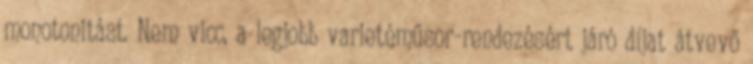
monotonitást. Nem vicc, a legjobb varietéműsor-rendezésért járó díjat átvevő